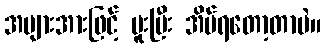
အများအားဖြင့် မူးပြီး အိပ်ရတော့တာပဲ။